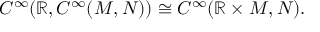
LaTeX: C ^ { \infty } ( \mathbb { R } , C ^ { \infty } ( M , N ) ) \cong C ^ { \infty } ( \mathbb { R } \times M , N ) .